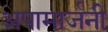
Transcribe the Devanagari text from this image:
अपामार्जनी